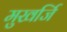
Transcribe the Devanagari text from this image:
मुखर्जि